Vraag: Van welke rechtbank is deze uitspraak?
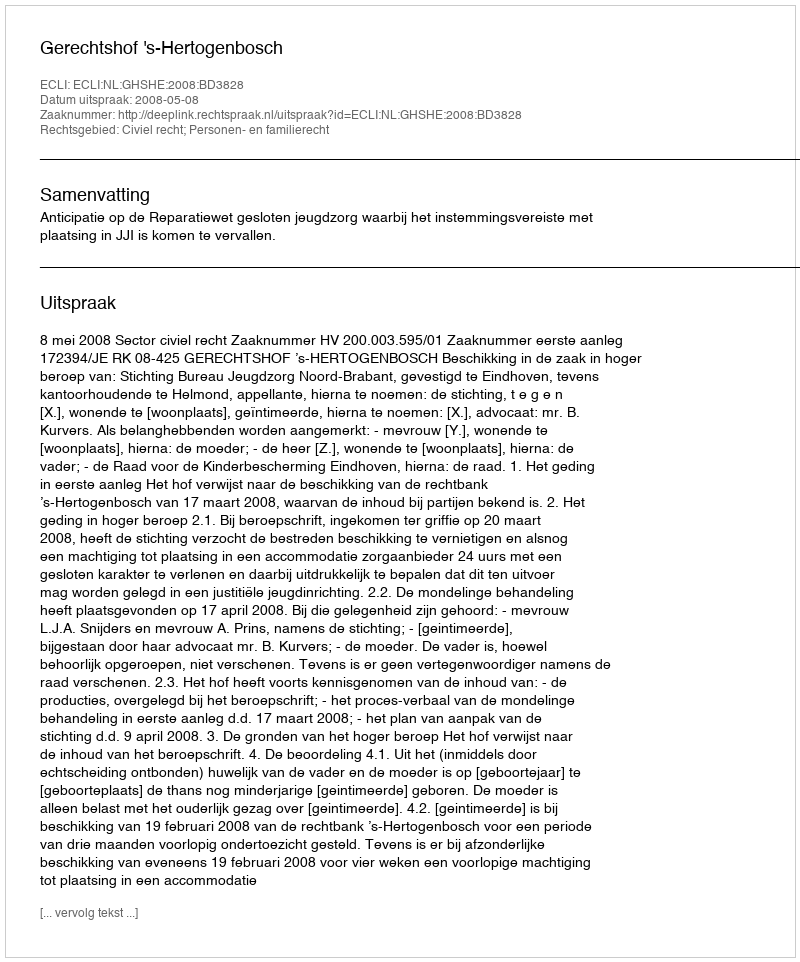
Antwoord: Gerechtshof 's-Hertogenbosch